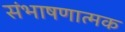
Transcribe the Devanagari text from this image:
संभाषणात्मक